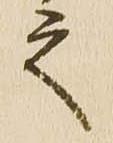
之